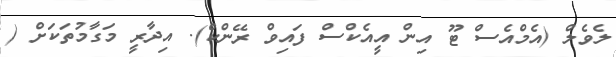
ލެެވެލް (އެމްއެސް ޓޫ އިން އީއެކްސް ފައިވް ރޭންކް). އިދާރީ މަގާމުތަކަށް (